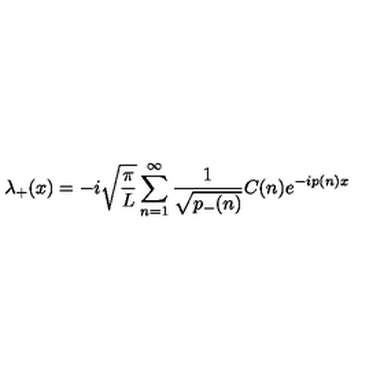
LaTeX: \lambda _ { + } ( x ) = - i \sqrt { { \frac { \pi } { L } } } \sum _ { n = 1 } ^ { \infty } { \frac { 1 } { \sqrt { p _ { - } ( n ) } } } C ( n ) e ^ { - i p ( n ) x }